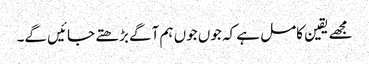
مجھے یقین کامل ہے کہ جوں جوں ہم آگے بڑھتے جائیں گے۔